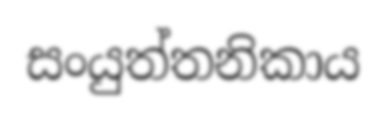
සංයුත්තනිකාය